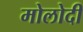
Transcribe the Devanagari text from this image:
मोलोदी